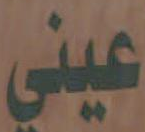
عيني